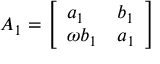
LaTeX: A _ { 1 } = { \left[ \begin{array} { l l } { a _ { 1 } } & { b _ { 1 } } \\ { \omega b _ { 1 } } & { a _ { 1 } } \end{array} \right] }